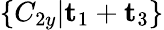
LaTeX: \{ C_{2y}|\mathbf{t}_{1}+\mathbf{t}_{3}\}